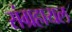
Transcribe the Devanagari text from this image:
संग्रहायल